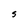
Character: S